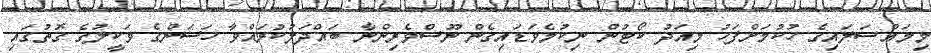
މިމައްސަލައިގެ ހުކުމަށްފަހު މިއަދު ކޯޓުން ނިކުމެވަޑައިގެން ނޫސްވެރިންނާ ބައްދަލުކުރައްވާ ހަސަންގެ ވަކީލުގެ ގޮތުގައި